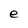
Character: e